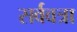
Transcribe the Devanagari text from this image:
सर्ववत्रा